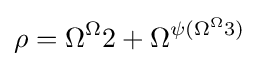
\rho =\Omega ^{\Omega }2+\Omega ^{\psi (\Omega ^{\Omega }3)}